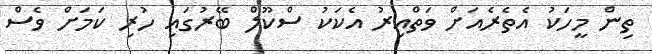
ތިން މީހަކު އެތެރެއަށް ވަތްއިރު އެކަކު ސްކޫލް ބޭރުގައި ހުރި ކަމަށް ވެސް